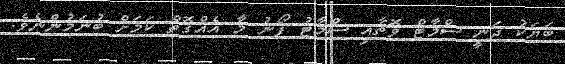
ބަޔަކު ދަނީ ސްމާޓް ވޮޗާއި ސްމާޓު ފޯނު މާ އެއްގޮތް ކަމަށް ބުނަމުންނެވެ.